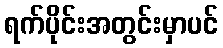
ရက်ပိုင်းအတွင်းမှာပင်